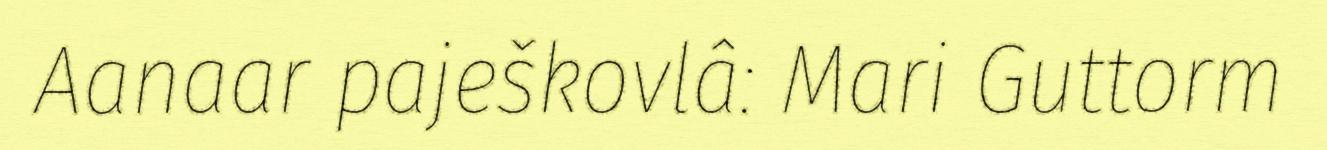
Aanaar paješkovlâ: Mari Guttorm